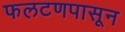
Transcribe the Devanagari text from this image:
फलटणपासून